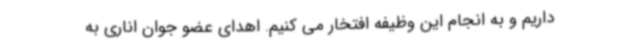
داریم و به انجام این وظیفه افتخار می کنیم. اهدای عضو جوان اناری به